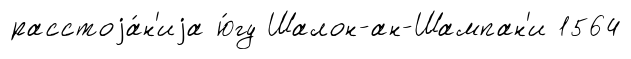
расстоjа́н'иjа ю́гу Шалон-ан-Шампан'и 1564